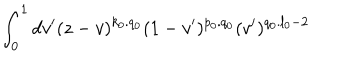
LaTeX: \int _ { 0 } ^ { 1 } d v ^ { \prime } ( z - v ) ^ { k _ { 0 } . q _ { 0 } } ( 1 - v ^ { \prime } ) ^ { p _ { 0 } . q _ { 0 } } ( v ^ { \prime } ) ^ { q _ { 0 } . l _ { 0 } - 2 }